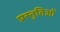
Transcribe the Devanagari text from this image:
प्रस्तुतिओं